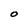
Character: O